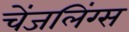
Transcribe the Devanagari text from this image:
चेंजलिंग्स